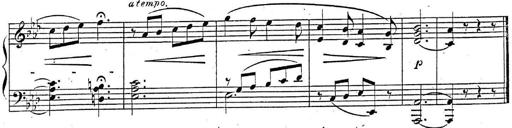
Title: 2 Sonatinas, Op.8
Composer: Hermann Goetz